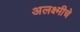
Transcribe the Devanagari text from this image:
अलक्ष्मीचे